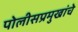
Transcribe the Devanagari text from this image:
पोलीसप्रमुखांचे